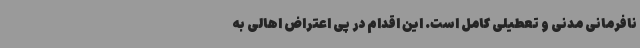
نافرمانی مدنی و تعطیلی کامل است. این اقدام در پی اعتراض اهالی به